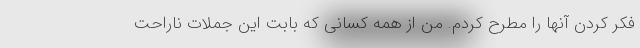
فکر کردن آنها را مطرح کردم. من از همه کسانی که بابت این جملات ناراحت